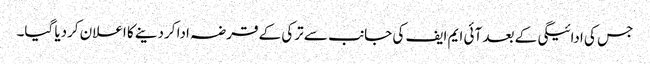
جس کی ادائیگی کے بعد آئی ایم ایف کی جانب سے ترکی کے قرضہ ادا کردینے کا اعلان کردیا گیا۔